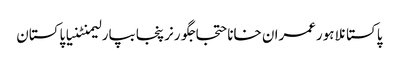
پاکستانلاہورعمران خاناحتجاجگورنرپنجابپارلیمنٹنیا پاکستان